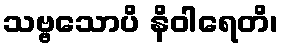
သဗ္ဗသောပိ နိဝါရေတိ၊